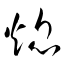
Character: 熄